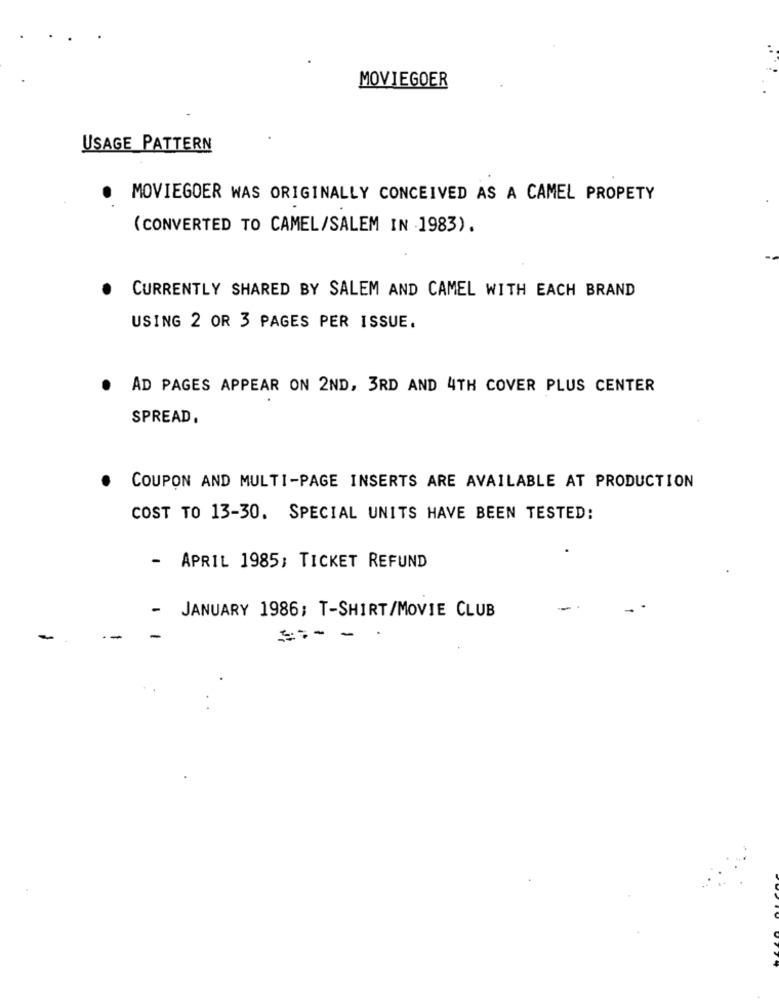
MOVIEGOER
USAGE PATTERN
MOVIEGOER WAS ORIGINALLY CONCEIVED AS A CAMEL PROPETY
(CONVERTED TO CAMEL/SALEM IN 1983).
CURRENTLY SHARED BY SALEM AND CAMEL WITH EACH BRAND
USING 2 OR 3 PAGES PER ISSUE.
.
AD PAGES APPEAR ON 2ND, 3RD AND 4TH COVER PLUS CENTER
SPREAD,
· COUPON AND MULTI-PAGE INSERTS ARE AVAILABLE AT PRODUCTION
COST TO 13-30. SPECIAL UNITS HAVE BEEN TESTED:
- APRIL 1985; TICKET REFUND
-
JANUARY 1986; T-SHIRT/MOVIE CLUB
-
-
-